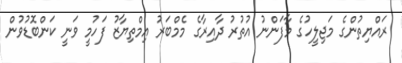
ރައްޔިތުންގެ މަޖިލީހުގެ މާފަންނު އުތުރު ދާއިރާގެ މެމްބަރު އިމްތިޔާޒު ފަހުމީ ވަނީ ކަންބޮޑުވުން